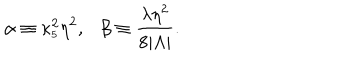
\alpha \equiv \kappa _ { _ 5 } ^ { 2 } \eta ^ { 2 } , \ \ \ \beta \equiv \frac { \lambda \eta ^ { 2 } } { 8 | \Lambda | } .